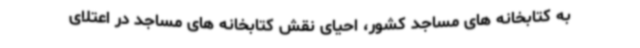
به کتابخانه های مساجد کشور، احیای نقش کتابخانه های مساجد در اعتلای